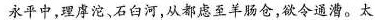
永平中，理虖沱、石臼河，从都虑至羊肠仓，欲令通漕。太